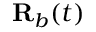
\mathbf { R } _ { b } ( t )